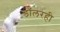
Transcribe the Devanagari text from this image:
डॉलरही